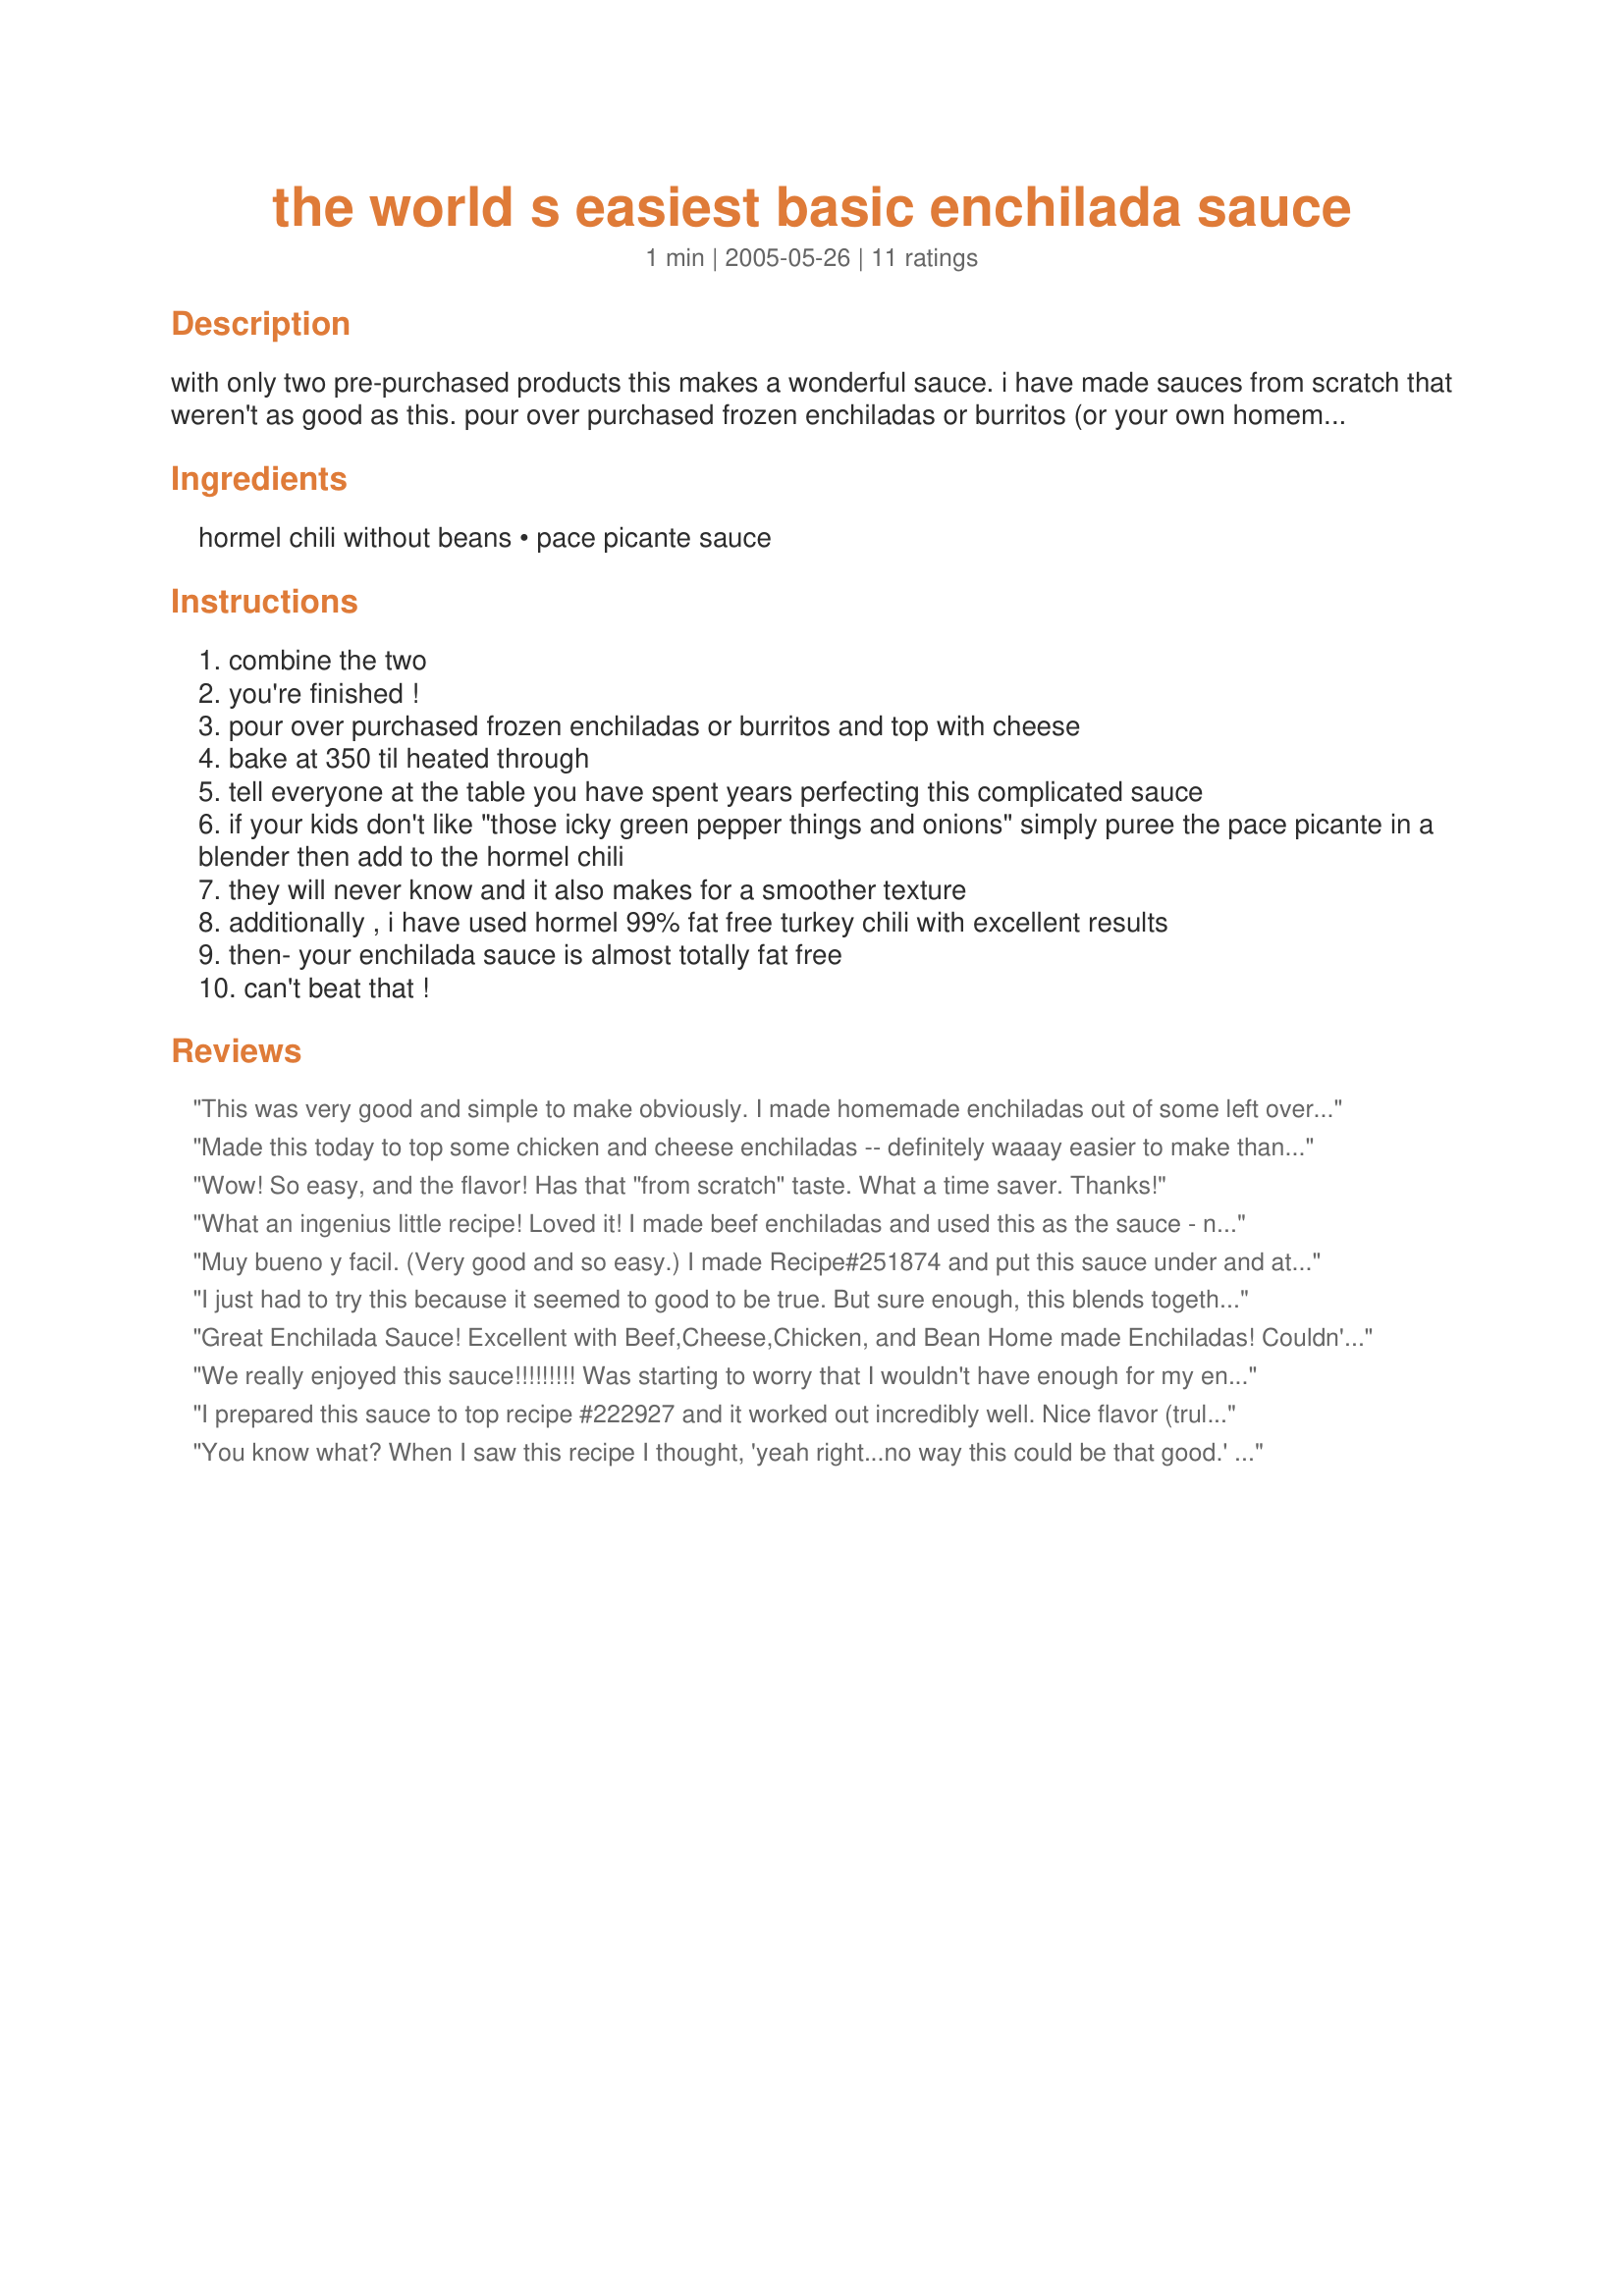
the world s easiest basic enchilada sauce
Preparation time: 1 minutes

with only two pre-purchased products this makes a wonderful sauce. i have made sauces from scratch that weren't as good as this. pour over purchased frozen enchiladas or burritos (or your own homemade)top with cheese and bake.instant dinner.

Ingredients:
hormel chili without beans, pace picante sauce

Steps:
combine the two
you're finished !
pour over purchased frozen enchiladas or burritos and top with cheese
bake at 350 til heated through
tell everyone at the table you have spent years perfecting this complicated sauce
if your kids don't like "those icky green pepper things and onions" simply puree the pace picante in a blender then add to the hormel chili
they will never know and it also makes for a smoother texture
additionally , i have used hormel 99% fat free turkey chili with excellent results
then- your enchilada sauce is almost totally fat free
can't beat that !

Reviews:
This was very good and simple to make obviously. I made homemade enchiladas out of some left over carnitas and cheese and decided to try this and we were not disappointed. It is a fabulous dip! I kept sampling with some tortilla chips while I was waiting for the rice to finish cooking. I would make this again.
Made this today to top some chicken and cheese enchiladas -- definitely waaay easier to make than my usual enchilada sauce recipe (no risk of any lard bursting into flames here, LOL, don't ask). Really good flavor, too, which I was a bit skeptical of when I saw that one of the ingredients was canned chili. Okay, I have to admit, I went with the medium picante sauce instead of the mild (extra spice was a must if I had any hope of getting DH to eat the finished enchiladas). Yeah, I know, I'm not good at following directions, and sometimes I run with scissors, too. LOL
Thanks for posting this delicious and precious time-saving recipe :)! Made for ZWT5 Zingo
Wow! So easy, and the flavor! Has that "from scratch" taste. What a time saver. Thanks!
What an ingenius little recipe! Loved it! I made beef enchiladas and used this as the sauce - not only is it the world's easiest enchilada sauce, it also one of the tastiest. I served my enchiladas alongside recipe #371155 for a spicy little Mexican meal. Yummy. I threw both cans (the chili & the organic medium pace picante) into my blender and whizzed it until it was smooth - oh la la, scrumptious! Made for the Groovy GastroGnomes of ZWT5, Zingo.
Muy bueno y facil. (Very good and so easy.) I made Recipe#251874 and put this sauce under and atop my tortillas! Also, served with Recipe#157385 (and mixed extra corn into that) as a wonderful side and Recipe#218818 all for an outstanding meal. Thank you Pot Scrubber for sharing. Made during ZWT5 for the Chow Hounds.
I just had to try this because it seemed to good to be true. But sure enough, this blends together into a good thick sauce that tastes better than "homemade". I used this as the sauce over recipe#104212.
Great Enchilada Sauce! Excellent with Beef,Cheese,Chicken, and Bean Home made Enchiladas! Couldn't be easier or tastier! Thanks for sharing! Katie
We really enjoyed this sauce!!!!!!!!! Was starting to worry that I wouldn't have enough for my enchiladas, cuz we were eating it out of the pan with tortilla chips!!! It made for a great dip, too! ;) :)
I prepared this sauce to top recipe #222927 and it worked out incredibly well. Nice flavor (truly better than any canned enchilada sauce I've tried) and you certainly couldn't ask for easier. I followed the VERY EMPHATIC instructions ever so closely....which I must say was difficult for me, as 1) I NEVER go with 'mild' anything when there is a 'hot' choice to be had and 2) I'm a serial label reader and, unless I'm not paying attention, always pass on products with MSG or high fructose corn syrup (the Hormel Chili contains MSG). But due to the INSTRUCTIONS I felt committed to following this one to the 'T'!! So...if I make it again, I'm going to have to buck the system and go with the Hot Pace Picante and another brand of canned chili without the 'flavor enhancer'! Thank you for posting. I agree with NELady...pretty darned ingenius! Made for the Zingo round of ZWT5.
You know what? When I saw this recipe I thought, 'yeah right...no way this could be that good.' Well, it is. I used it on loaded nachos, with some tamales on the side. Thanks for a very easy to whip up from the pantry recipe, Potsie. Made for ZWT5, Hell's Kitchen Angels.
Looked too easy to be true. It's definitely easy. But it tastes too much like, grin, chili.
